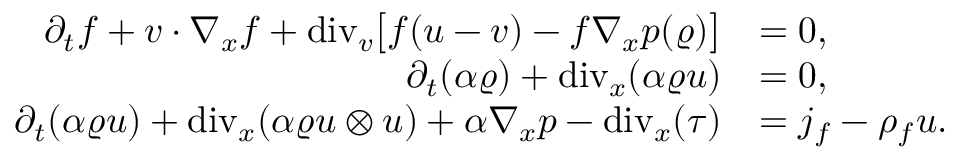
\begin{array} { r l } { \partial _ { t } f + v \cdot \nabla _ { x } f + \mathrm { d i v } _ { v } \big [ f ( u - v ) - f \nabla _ { x } p ( \varrho ) \big ] } & { = 0 , } \\ { \partial _ { t } ( \alpha \varrho ) + \mathrm { d i v } _ { x } ( \alpha \varrho u ) } & { = 0 , } \\ { \partial _ { t } ( \alpha \varrho u ) + \mathrm { d i v } _ { x } ( \alpha \varrho u \otimes u ) + \alpha \nabla _ { x } p - \mathrm { d i v } _ { x } ( \tau ) } & { = j _ { f } - \rho _ { f } u . } \end{array}